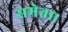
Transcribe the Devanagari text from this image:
समेता।